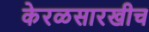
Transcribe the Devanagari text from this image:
केरळसारखीच